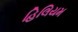
હિલિયમ